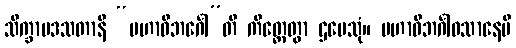
သိက္ခာပဒသတာနိ “မဟာဝိဘင်္ဂေါ”တိ ကိတ္တေတွာ ဌပေသုံ။ မဟာဝိဘင်္ဂါဝသာနေပိ